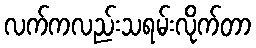
လက်ကလည်းသရမ်းလိုက်တာ